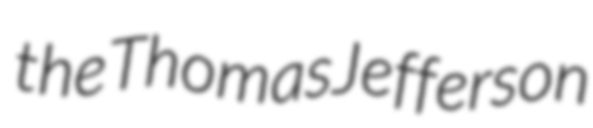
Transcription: the Thomas Jefferson